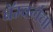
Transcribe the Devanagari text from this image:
बॅम्बर्गचा